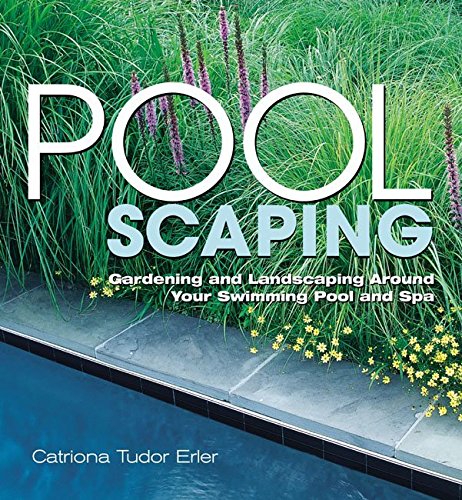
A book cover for Poolscaping: Gardening and Landscaping Around Your Swimming Pool and Spa; Catriona Tudor Erler; Crafts, Hobbies & Home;